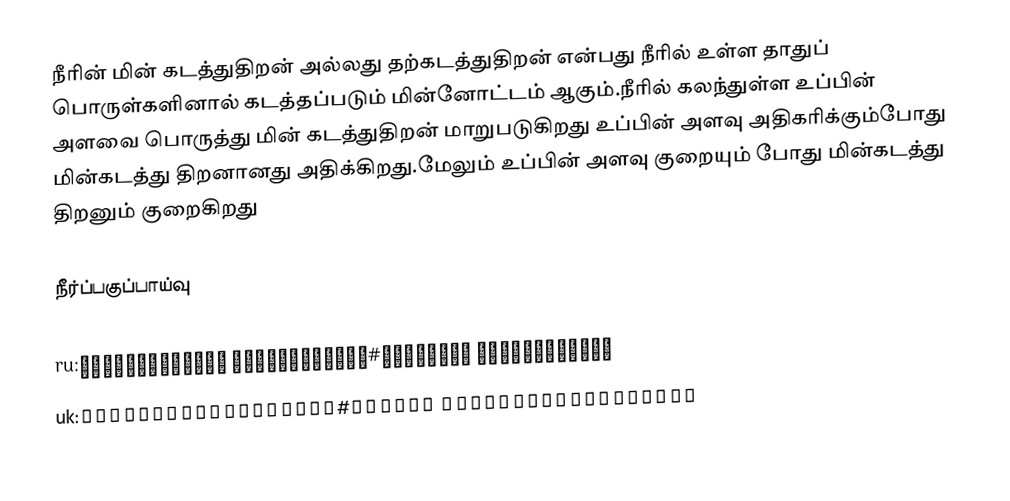
நீரின் மின் கடத்துதிறன் அல்லது தற்கடத்துதிறன் என்பது நீரில் உள்ள தாதுப் பொருள்களினால் கடத்தப்படும் மின்னோட்டம் ஆகும்.நீரில் கலந்துள்ள உப்பின் அளவை பொருத்து மின் கடத்துதிறன் மாறுபடுகிறது உப்பின் அளவு அதிகரிக்கும்போது மின்கடத்து திறனானது அதிக்கிறது.மேலும் உப்பின் அளவு குறையும் போது மின்கடத்து திறனும் குறைகிறது

நீர்ப்பகுப்பாய்வு

ru:Электрическая проводимость#Удельная проводимость
uk:Електропровідність#Питома електропровідність